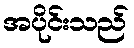
အပိုင်းသည်